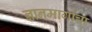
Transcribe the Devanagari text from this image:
ज्ञानमार्गाचा